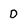
Character: D